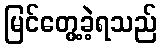
မြင်တွေ့ခဲ့ရသည်